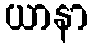
ယာနာ